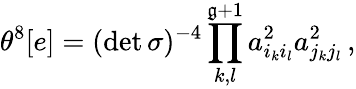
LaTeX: \theta^{8}[e]=(\operatorname*{det}{\sigma})^{-4}\prod_{k,l}^{\mathfrak{g}+1}a_{i_{k}i_{l}}^{2}a_{j_{k}j_{l}}^{2}\, ,